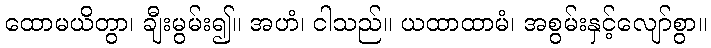
ထောမယိတွာ၊ ချီးမွမ်း၍။ အဟံ၊ ငါသည်။ ယထာထာမံ၊ အစွမ်းနှင့်လျော်စွာ။